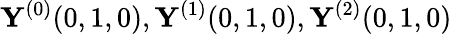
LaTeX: \mathbf{Y}^{(0)}(0,1,0),\mathbf{Y}^{(1)}(0,1,0),\mathbf{Y}^{(2)}(0,1,0)